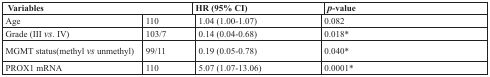
| <COLSPAN=2> Variables | HR (95% CI) | p-value |
 | --- | --- | --- | --- |
 | Age | 110 | 1.04 (1.00-1.07) | 0.082 |
 | Grade (III vs. IV) | 103/7 | 0.14 (0.04-0.68) | 0.018* |
 | MGMT status(methyl vs unmethyl) | 99/11 | 0.19 (0.05-0.78) | 0.040* |
 | PROX1 mRNA | 110 | 5.07 (1.07-13.06) | 0.0001* |